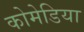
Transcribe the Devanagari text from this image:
कोमेडिया